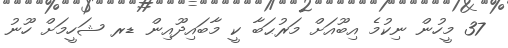
37 މީހުން ނިކުމެ އިބޫއަށް މަރުޙަބާ ކީ މާބައިދޫއިން ޑރ ޝަހީމަށް ހޫނު